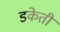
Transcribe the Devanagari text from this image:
डकेती